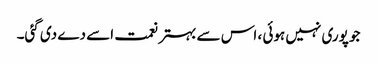
جو پوری نہیں ہوئی ، اس سے بہتر نعمت اسے دے دی گئی۔